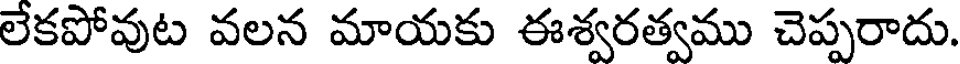
లేకపోవుట వలన మాయకు ఈశ్వరత్వము చెప్పరాదు.